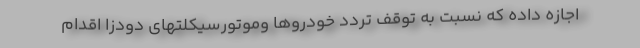
اجازه داده که نسبت به توقف تردد خودروها وموتورسیکلتهای دودزا اقدام